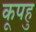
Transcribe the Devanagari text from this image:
कूपहु